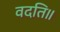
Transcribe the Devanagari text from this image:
वदति॥